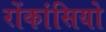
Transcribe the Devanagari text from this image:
रोंकांसियो